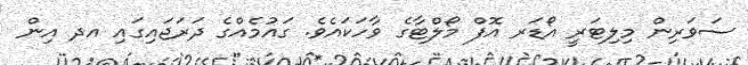
ސަވަރިން މިލިޓަރީ އޯޑަރ އޮފް މޯލްޓާގެ ވާހަކައެވެ. ގައުމެއްގެ ދަރަޖައިގައި އދ އިން